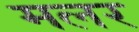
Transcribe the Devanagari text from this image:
मलर